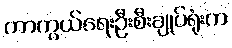
ကာကွယ်ရေးဦးစီးချုပ်ရုံးက